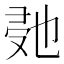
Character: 𭆰